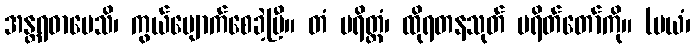
အန္တရဓာပေသိ၊ ကွယ်ပျောက်စေခဲ့ပြီ။ တံ ပရိတ္တံ၊ ထိုရတနသုတ် ပရိတ်တော်ကို။ (မယံ၊